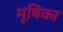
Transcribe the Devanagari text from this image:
मूषिका